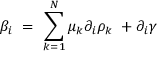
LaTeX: \beta _ { i } \ = \ \sum _ { k = 1 } ^ { N } \mu _ { k } \partial _ { i } \rho _ { k } \ + \partial _ { i } \gamma